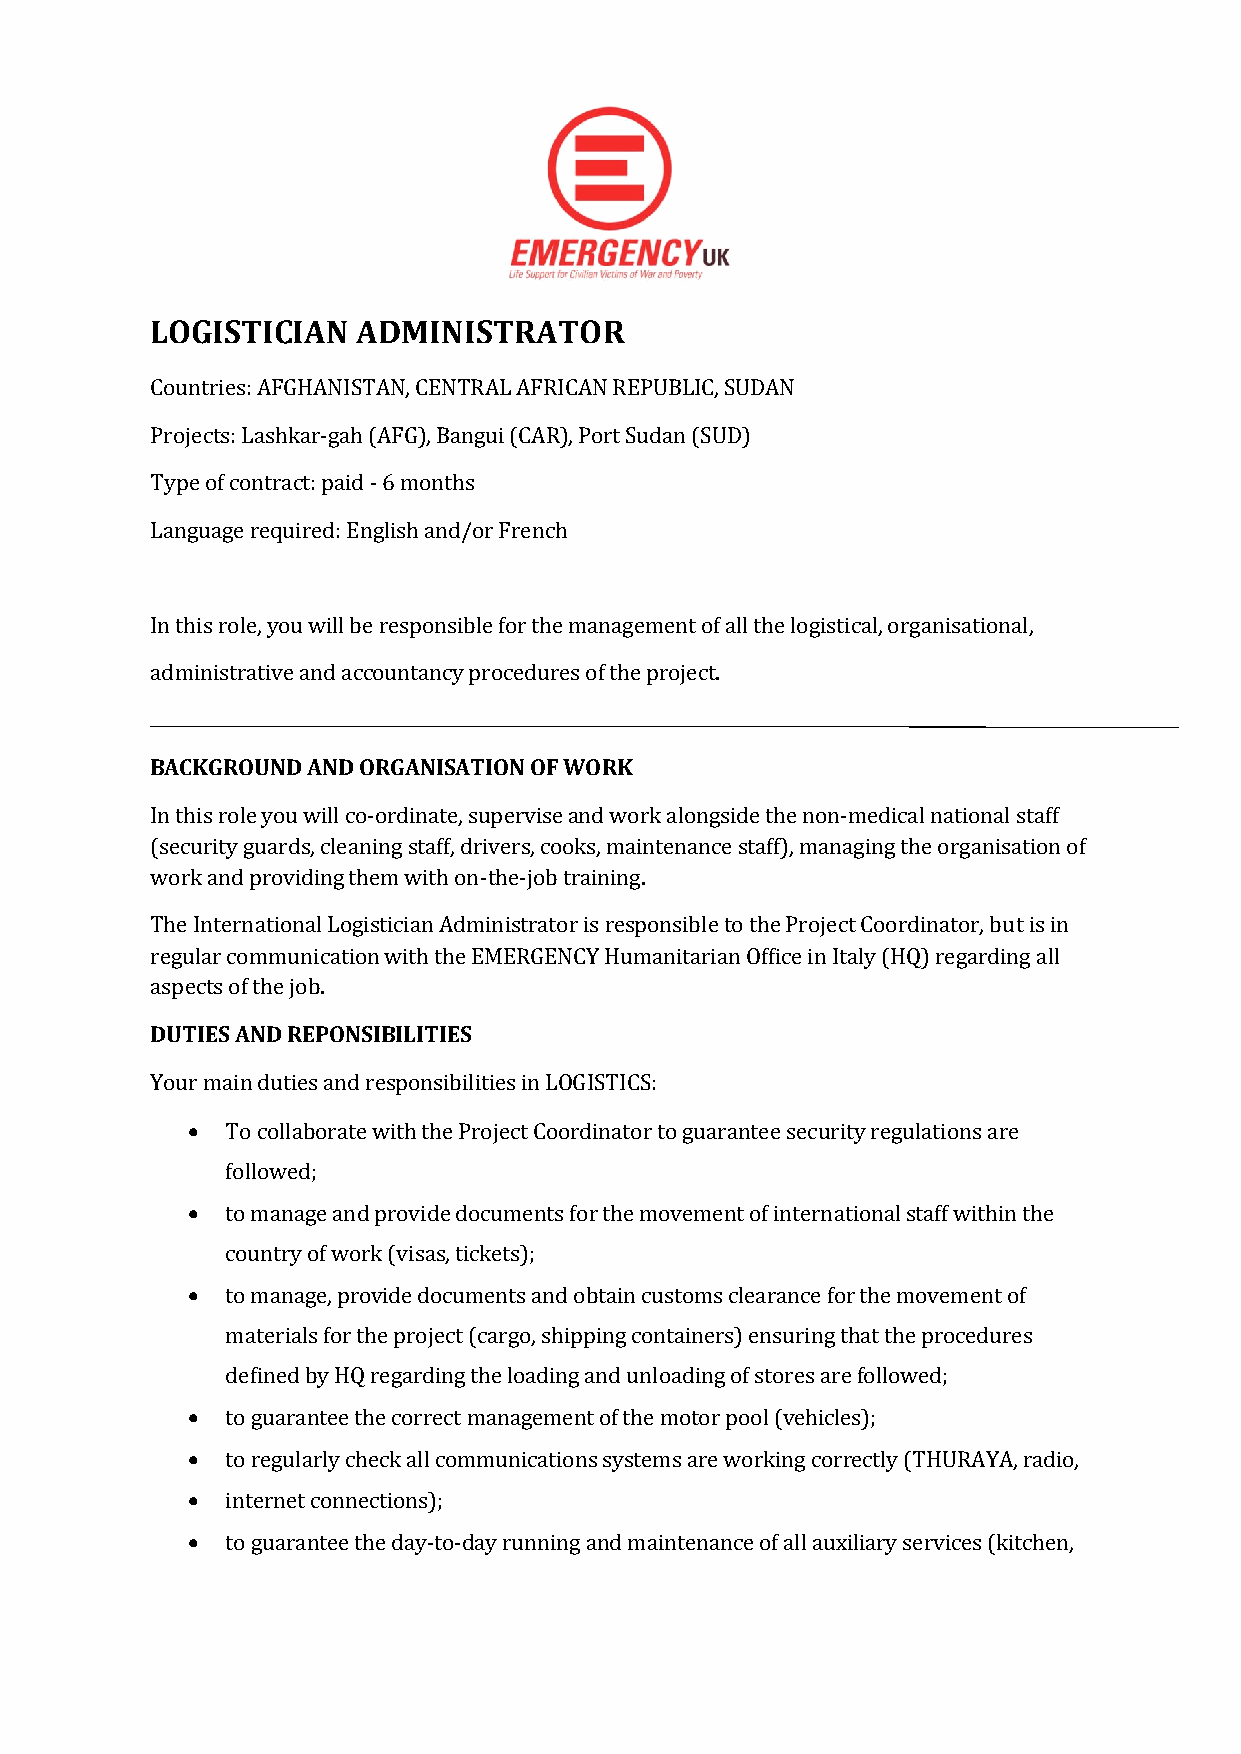
LOGISTICIAN   ADMINISTRATOR
 Countries: AFGHANISTAN, CENTRAL AFRICAN REPUBLIC, SUDAN
 Projects: Lashkar-gah (AFG), Bangui (CAR), Port Sudan (SUD)
 Type of contract: paid - 6 months
 Language required: English and/or French
 In this role, you will be responsible for the management of all the logistical, organisational,
 administrative and accountancy procedures of the project.
 BACKGROUND AND ORGANISATION OF WORK
 In this role you will co-ordinate, supervise and work alongside the non-medical national staff
 (security guards, cleaning staff, drivers, cooks, maintenance staff), managing the organisation of
 work and providing them with on-the-job training.
 The International Logistician Administrator is responsible to the Project Coordinator, but is in
 regular communication with the EMERGENCY Humanitarian Office in Italy (HQ) regarding all
 aspects of the job.
 DUTIES AND REPONSIBILITIES
 Your main duties and responsibilities in LOGISTICS:
 •  To collaborate with the Project Coordinator to guarantee security regulations are
 followed;
 •  to manage and provide documents for the movement of international staff within the
 country of work (visas, tickets);
 •  to manage, provide documents and obtain customs clearance for the movement of
 materials for the project (cargo, shipping containers) ensuring that the procedures
 defined by HQ regarding the loading and unloading of stores are followed;
 •  to guarantee the correct management of the motor pool (vehicles);
 •  to regularly check all communications systems are working correctly (THURAYA, radio,
 •  internet connections);
 •  to guarantee the day-to-day running and maintenance of all auxiliary services (kitchen,